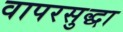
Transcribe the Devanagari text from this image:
वापरसुद्धा